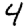
Digit: 4